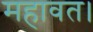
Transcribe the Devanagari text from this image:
महावत।